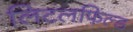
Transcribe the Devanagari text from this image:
लिटलफिल्ड